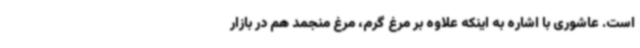
است‌. عاشوری با اشاره به اینکه علاوه بر مرغ گرم، مرغ منجمد هم در بازار